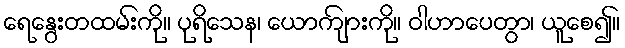
ရေနွေးတထမ်းကို။ ပုရိသေန၊ ယောကျ်ားကို။ ဝါဟာပေတွာ၊ ယူစေ၍။